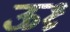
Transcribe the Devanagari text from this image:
ऊध्र